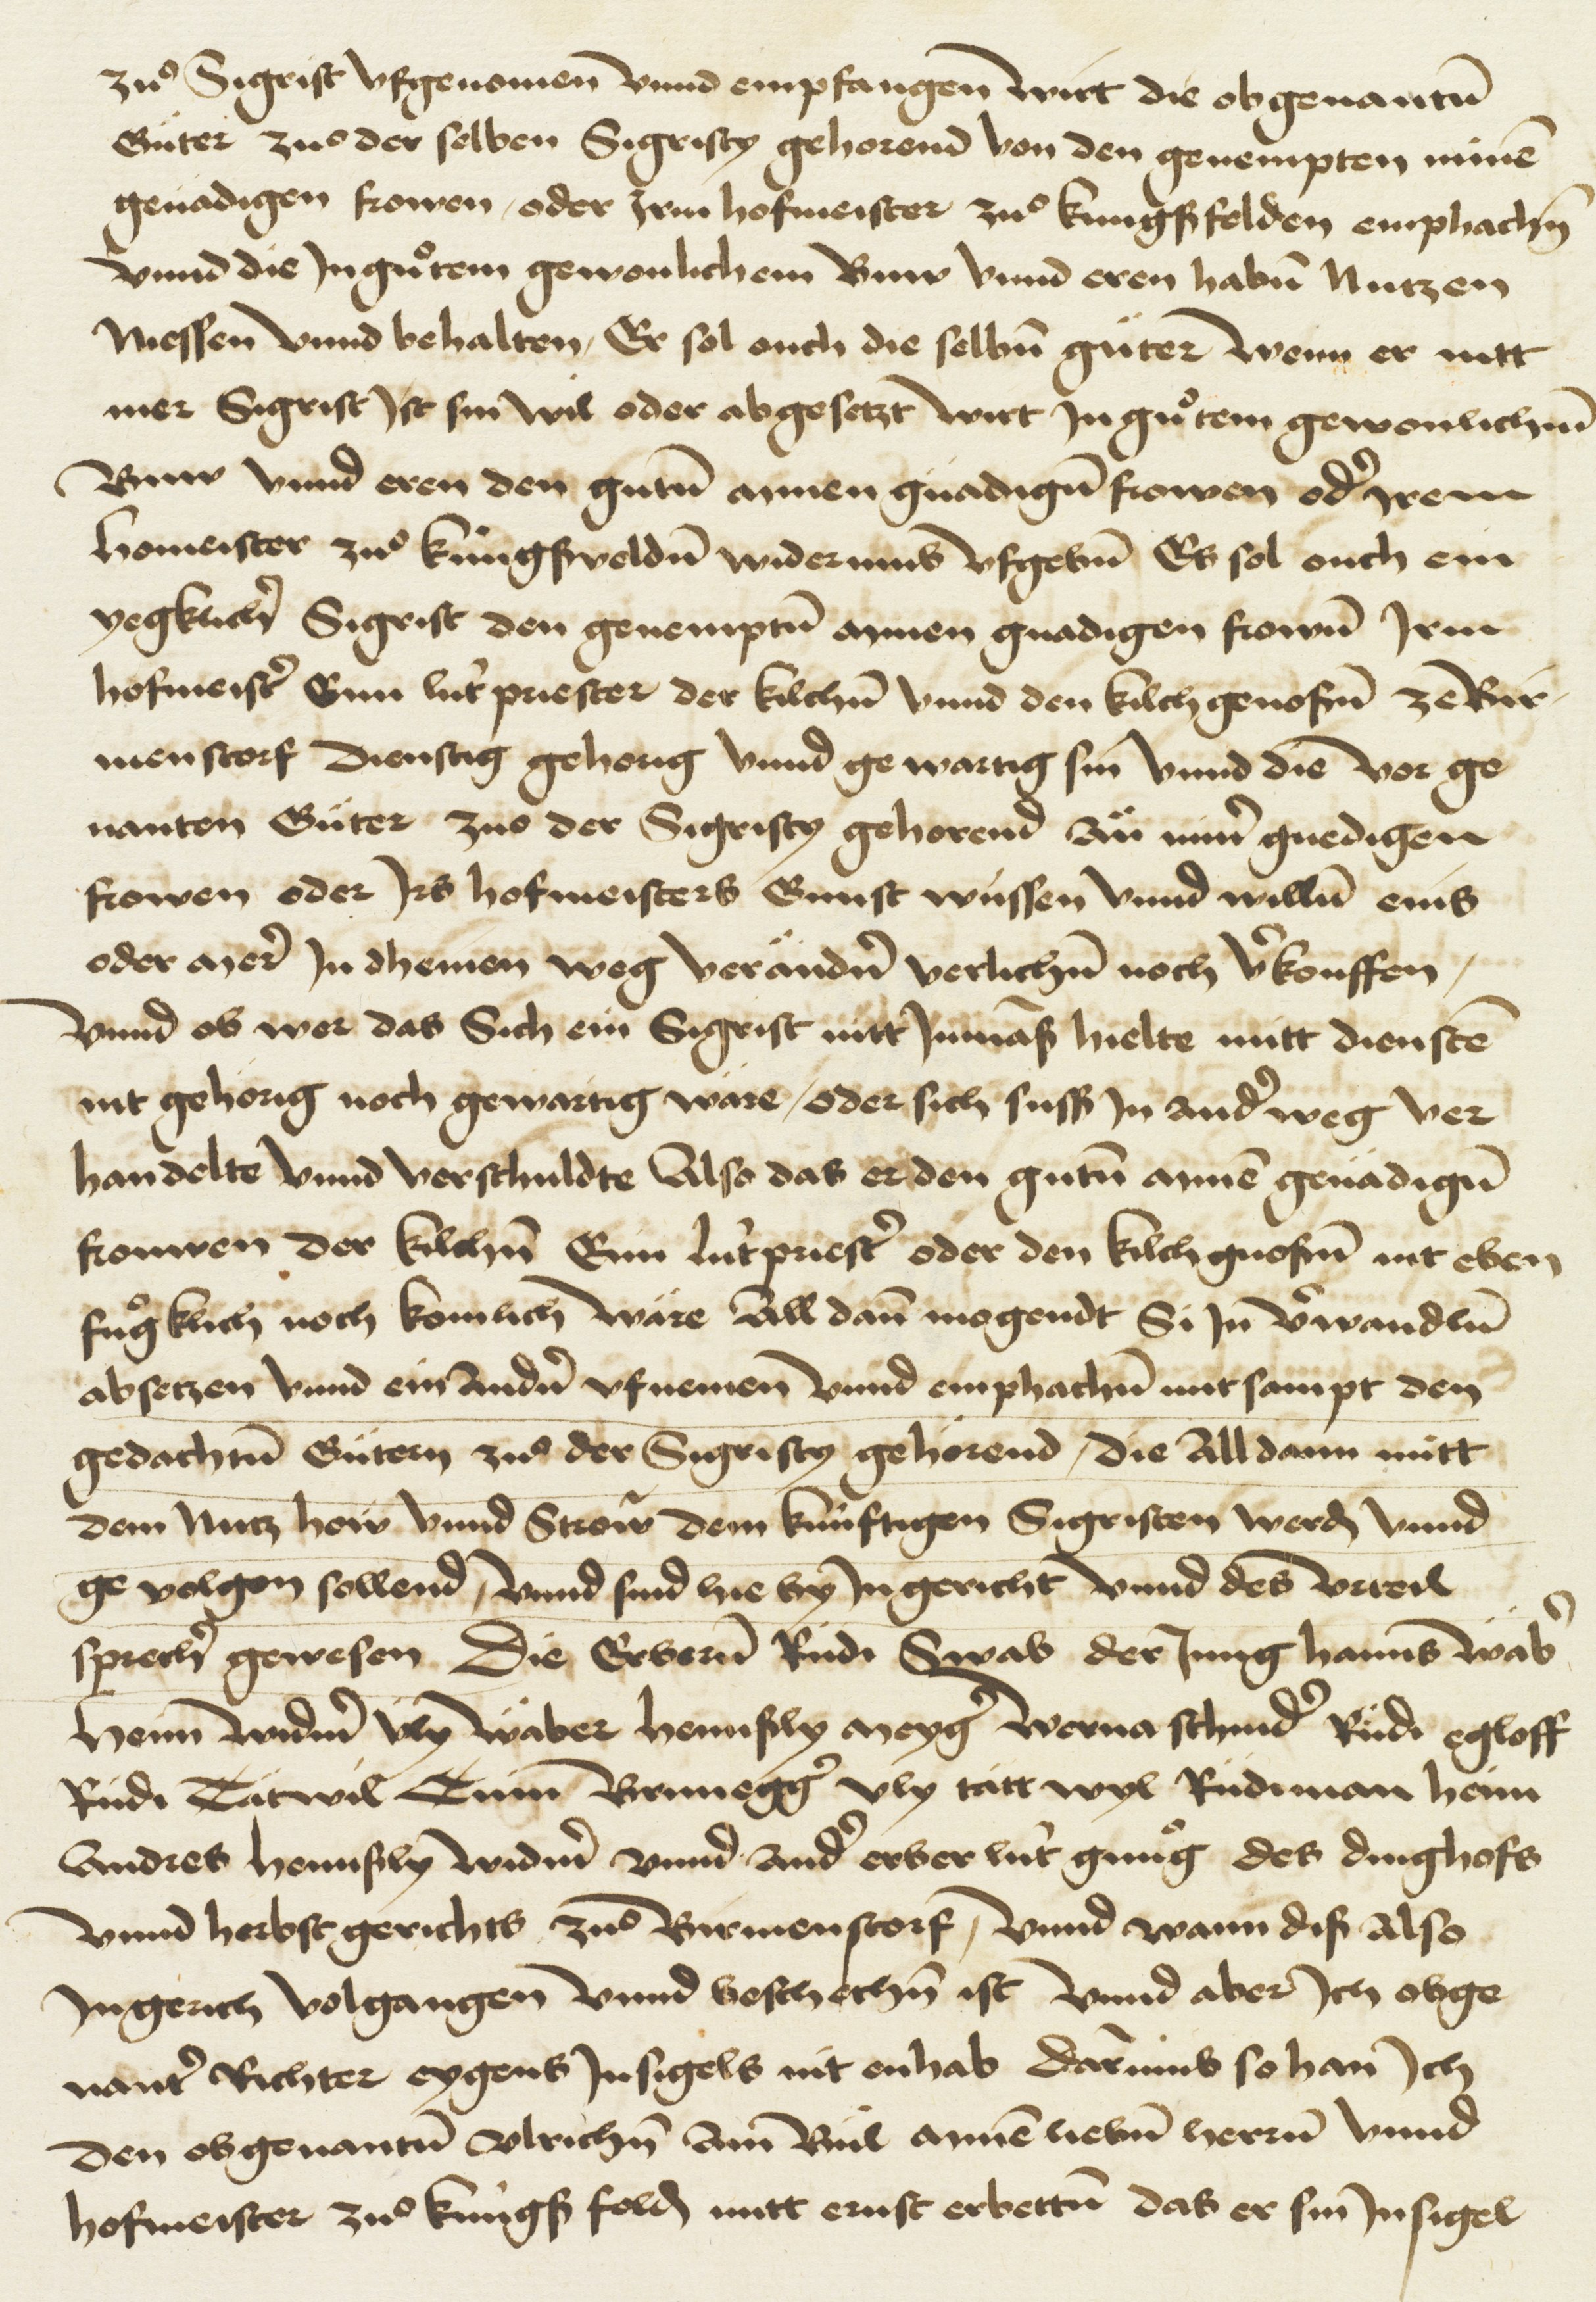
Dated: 1404–1500